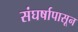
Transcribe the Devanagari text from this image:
संघर्षापासून